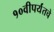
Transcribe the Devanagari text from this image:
१०वीपर्यंतचे